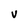
Character: V